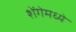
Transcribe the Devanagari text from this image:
शेंगेमध्ये